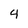
Character: 4